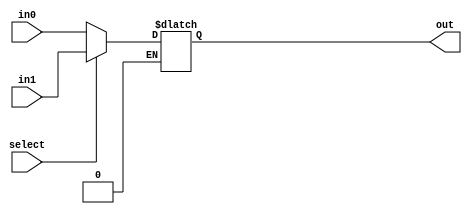
`timescale 1ns / 1ps
//////////////////////////////////////////////////////////////////////////////////
// Company: 
// Engineer: 
// 
// Design Name: 
// Module Name:    MUX 
// Project Name: 
// Target Devices: 
// Tool versions: 
// Description: 
//
// Dependencies: 
//
// Revision: 
// Revision 0.01 - File Created
// Additional Comments: 
//
//////////////////////////////////////////////////////////////////////////////////
module MUX(input select, input [15:0] in0, input [15:0] in1, output reg [15:0] out
    );

always@(select or in1 or in0)
begin 
	
	if(select == 1'b0)
		out <= in0;
	else if ( select == 1'b1)
		out <= in1;
		
	
end

endmodule